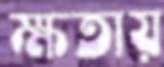
ক্ষতায়